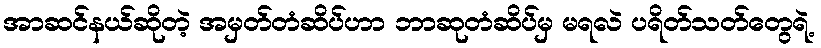
အာဆင်နယ်ဆိုတဲ့ အမှတ်တံဆိပ်ဟာ ဘာဆုတံဆိပ်မှ မရလဲ ပရိတ်သတ်တွေရဲ့